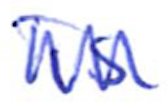
Text: is
Cross-out: zig-zag
Writing tool: ballpoint